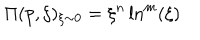
LaTeX: \Pi ( p , \xi ) _ { \xi \sim 0 } = \xi ^ { n } \ln ^ { m } ( \xi )